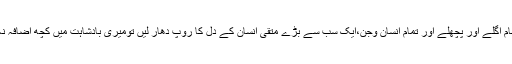
اگر تمہارے تمام اگلے اور پچھلے اور تمام انسان وجن،ایک سب سے بڑے متقی انسان کے دل کا روپ دھار لیں تومیری بادشاہت میں کچھ اضافہ نہ کرسکیں گے۔